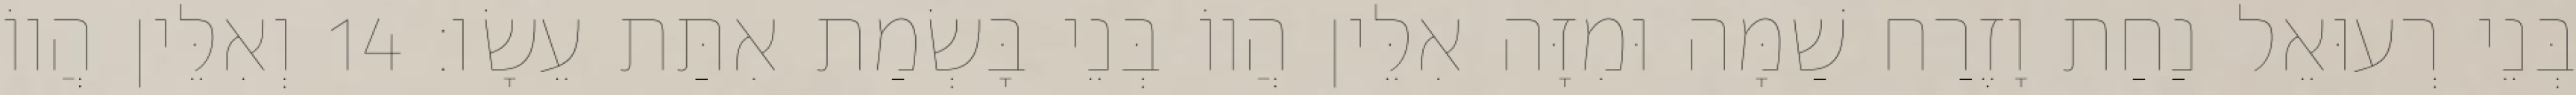
בְּנֵי רְעוּאֵל נַחַת וָזֶרַח שַׁמָּה וּמִזָּה אִלֵּין הֲווֹ בְּנֵי בָּשְׂמַת אִתַּת עֵשָׂו׃ 14 וְאִלֵּין הֲווֹ